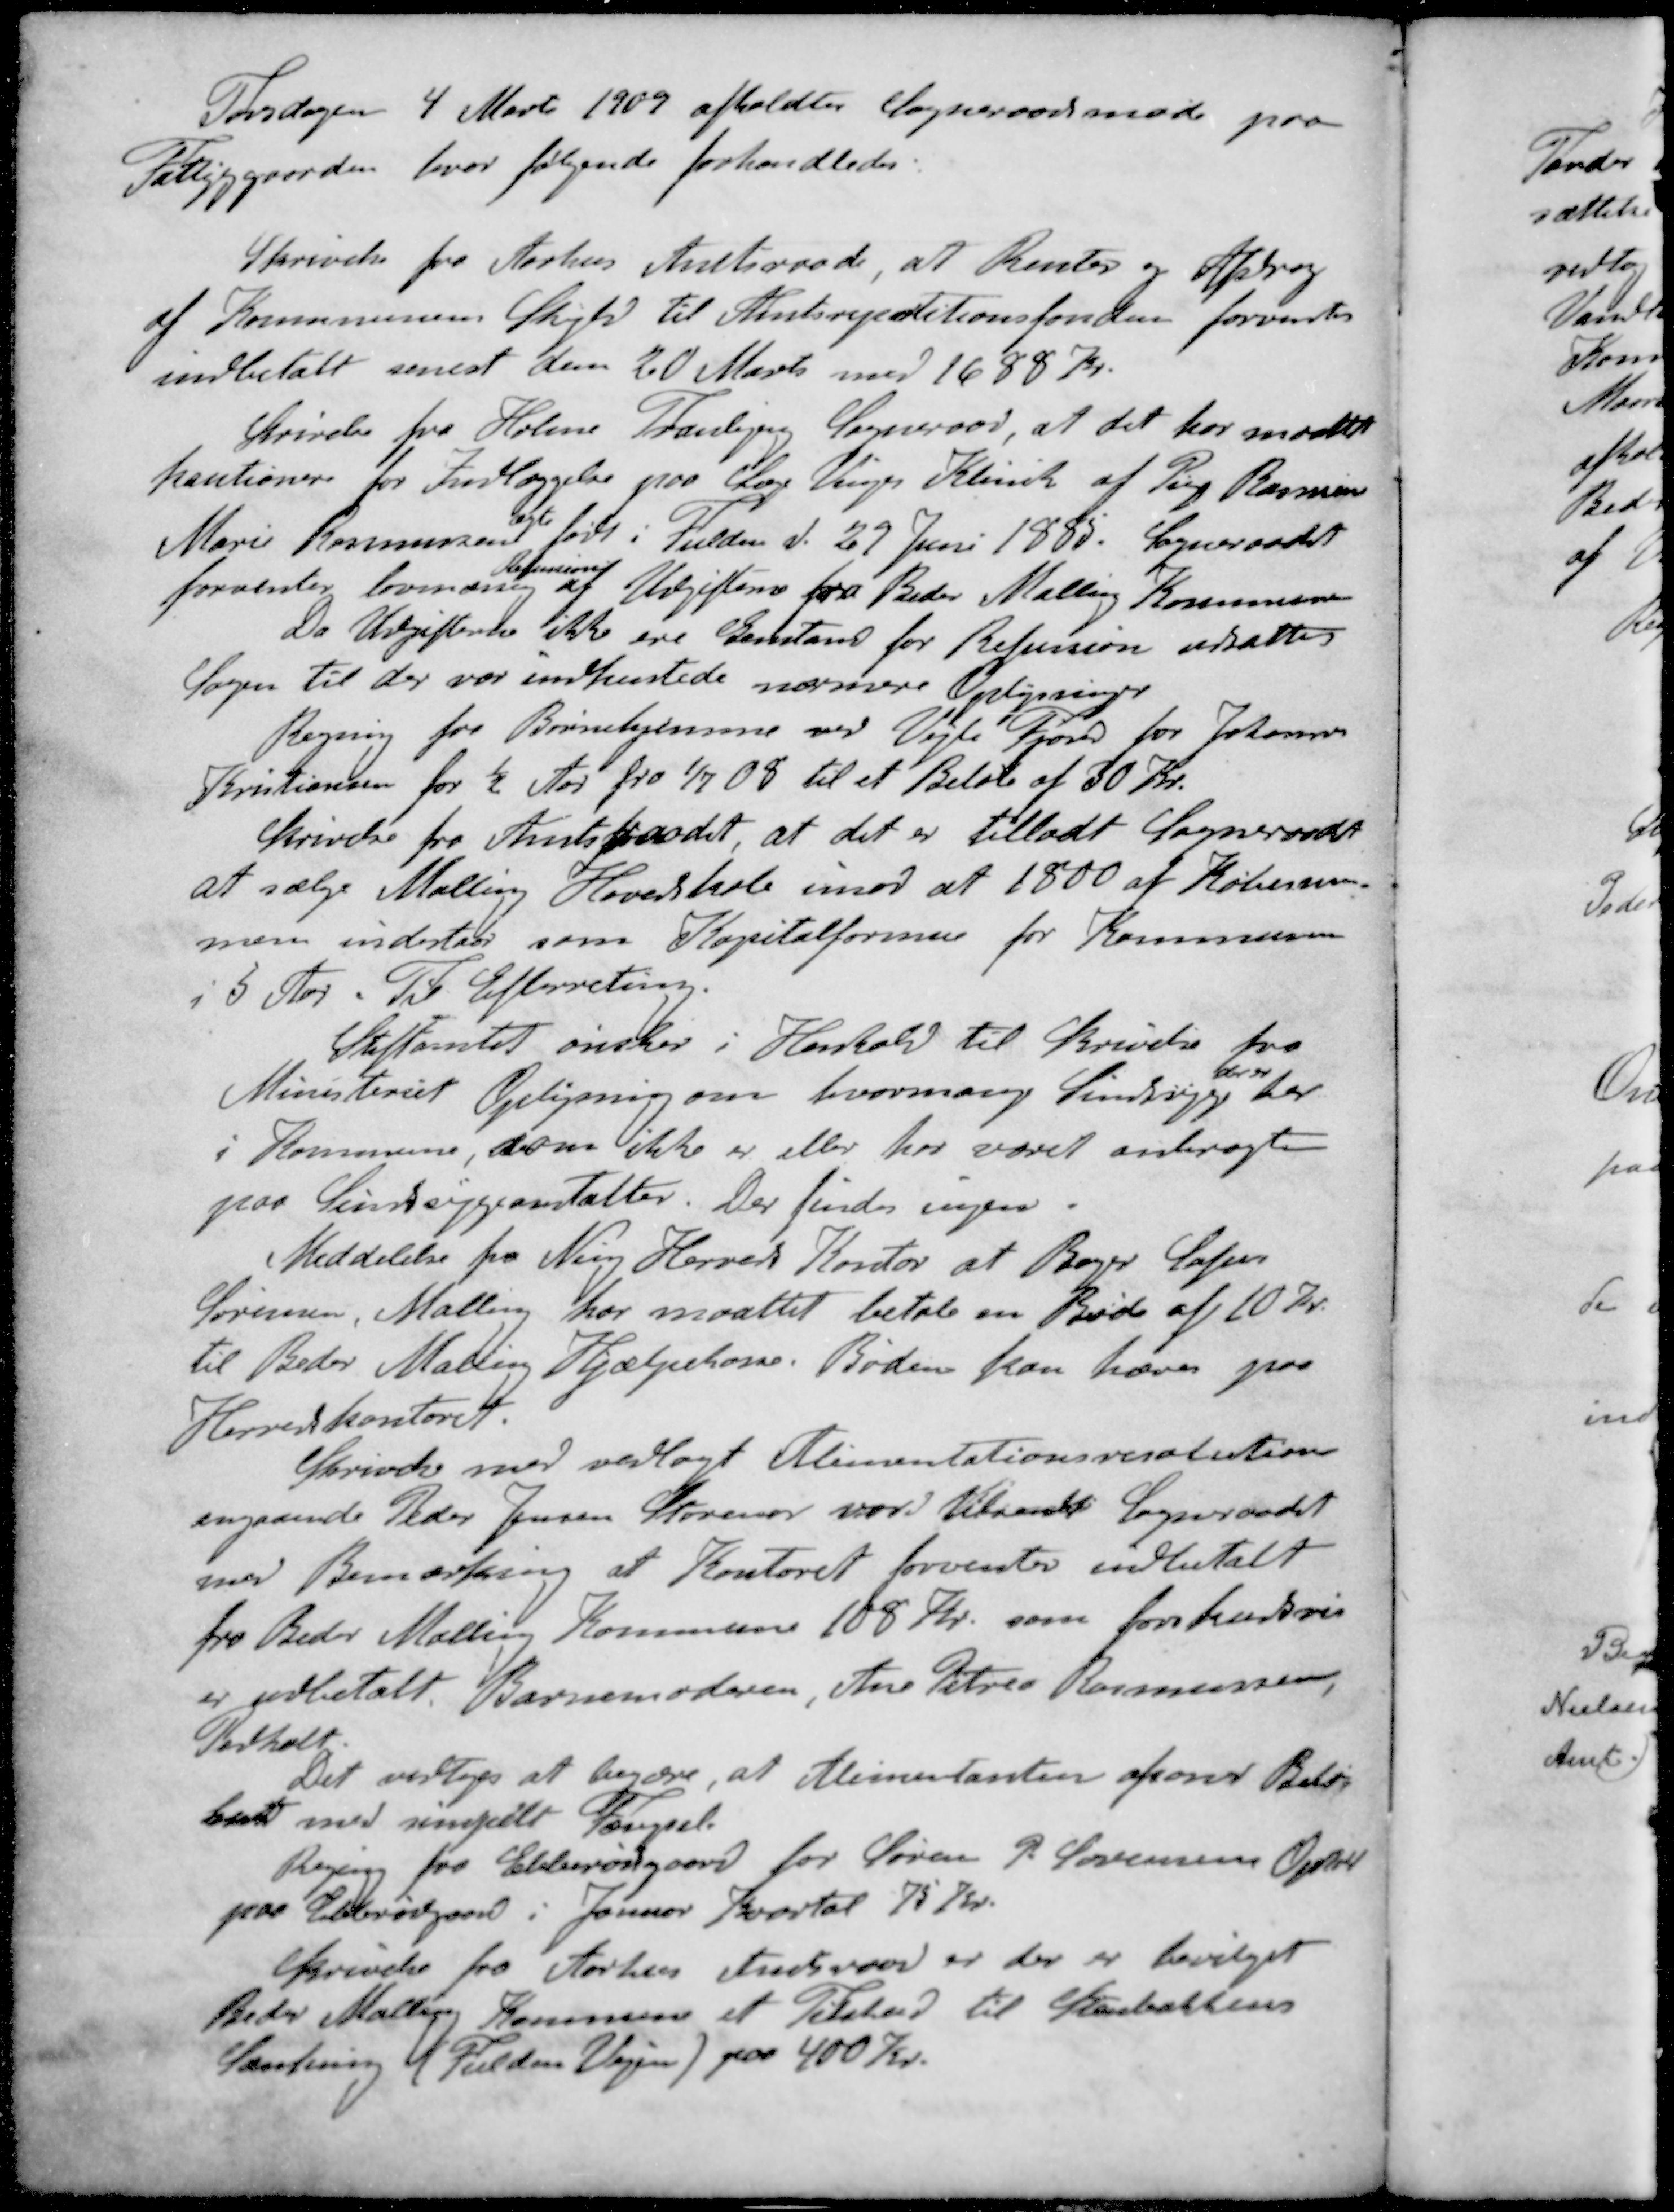
Transskription:
Torsdagen 4 Marts 1909 afholdtes Sogneraadsmøde paa
Fattiggaarden, hvor følgende forhandledes
Skrivelse fra Aarhus Amtsraad, at Renter og Afdrag
af Kommunens Skyld til Amtsrepatitionsfonden forventes
indbetalt senest den 20 Marts med 1688 Kr.
Skrivelse fra Holme Tranbjen Sogneraad, at det har maattet
kautionere for Indlæggelse paa Læge Vinges Klinik af Per Rasmussen
ægte
Marie Rasmussens født i Fulden d. 29 Juni 1885. Sogneraadet
Refussion
forventer lovmæssig af Udgifterne fra Beder Malling Kommune
Da Udgifterne ikke ere Genstand for Refussion udsattes
Sagen til der var indhentede nærmere Oplysninger
Regning for Børnehjemene ved Vejle Fjord for Johannes
Kristiansen for ½ Aar fra 1/7 08 til et Beløb af 30 Kr.
Skrivelse fra Amtsraadet at det er tilladt Sogneraadet
at sælge Malling Hovedskole imod at 1800 af Købesum-
men indestaar som Kapitalformue for Kommunen
i 5 Aar. Til Efterretning.
Stiftamtet ønsker i Henhold til Skrivelse fra
der er
Ministeriet Oplysning om hvormange Sindssyge her.
i Kommune, som ikke er eller har været anbragte
paa Sindssygeanstalter. Der findes ingen.
Meddelelse fra Ning Herreds Kontor at Bager Sofus
Sørensen, Malling har maattet betale en Bøde af 10 Kr.
til Beder Maling Hjælpekasse. Bøden kan hæves paa
Herredskontoret
Skrivelse med vedlagt Alimentationsresolution
angaaende Peder Jensen Storenor var tilsendt Sogneraadet
med Bemærkning at Kontoret forventer indbetalt
fra Beder Malling Kommune 108 Kr. som forskudsvis
er udbetalt. Barnemoderen, Ane Petrea Rasmussen,
Pedholt.
Det vedtoges at begære, at Alimentanten afsoner Beløb
Land med simpelt Fænggsel.
Reging for Ebberødgaard for Søren P. Sørensens Ophol
paa Ebberødgaard i Januar Kvartal 75 Kr.
Skrivelse fra Aarhus Amtsraad er der er bevilget
Beder Malling Kommune et Tilskud til Rabattens
Sænkning (Fulden Vejen) paa 400 Kr.